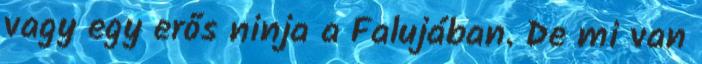
vagy egy erős ninja a Falujában. De mi van